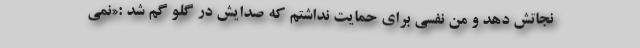
نجاتش دهد و من نفسی برای حمایت نداشتم که صدایش در گلو گم شد :«نمی